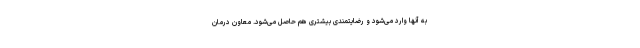
به آنها وارد می‌شود و رضایتمندی بیشتری هم حاصل می‌شود. معاون درمان